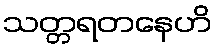
သတ္တရတနေဟိ